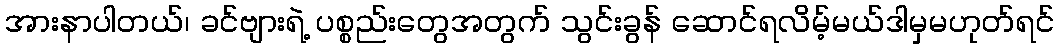
အားနာပါတယ်၊ ခင်ဗျားရဲ့ ပစ္စည်းတွေအတွက် သွင်းခွန် ဆောင်ရလိမ့်မယ်ဒါမှမဟုတ်ရင်